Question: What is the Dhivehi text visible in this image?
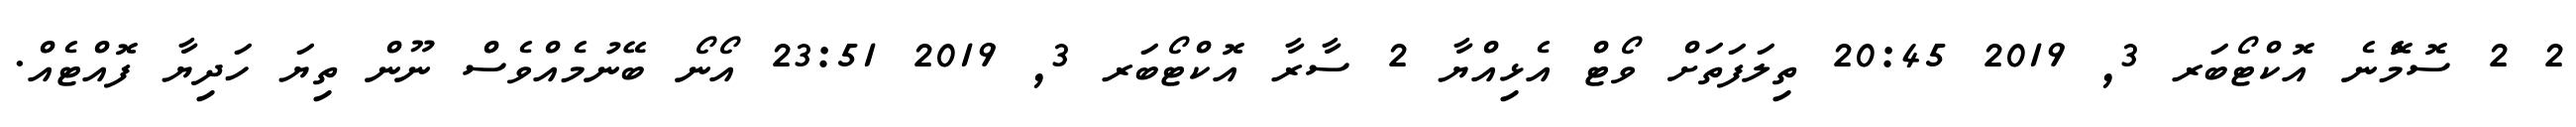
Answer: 2 2 ސޮމެޮނެ އޮކްޓޯބަރ 3, 2019 20:45 ތިލަފަތަށް ވޯޓް އެޅިއްޔާ 2 ސާރާ އޮކްޓޯބަރ 3, 2019 23:51 އޯނޯ ބޭނުމެއްވެސް ނޫން ތިޔަ ހަދިޔާ ފޮއްޓެއް.